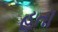
હતૉ